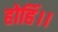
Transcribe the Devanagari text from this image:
होहिं।।